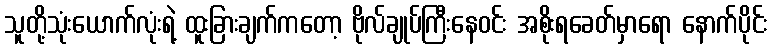
သူတို့သုံးယောက်လုံးရဲ့ ထူးခြားချက်ကတော့ ဗိုလ်ချုပ်ကြီးနေဝင်း အစိုးရခေတ်မှာရော နောက်ပိုင်း